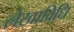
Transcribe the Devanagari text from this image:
लेखाविधि